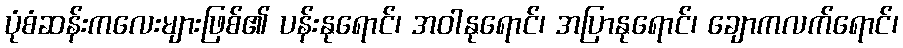
ပုံစံဆန်းကလေးများဖြစ်၏ ပန်းနုရောင်၊ အဝါနုရောင်၊ အပြာနုရောင်၊ ချောကလက်ရောင်၊